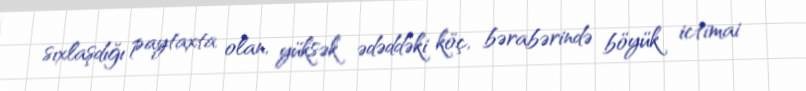
sıxlaşdığı paytaxta olan, yüksək ədəddəki köç, bərabərində böyük ictimai